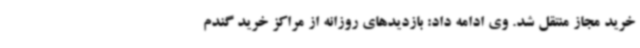
خرید مجاز منتقل شد. وی ادامه داد: بازدیدهای روزانه از مراکز خرید گندم